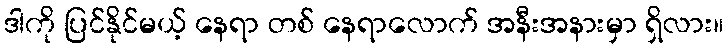
ဒါကို ပြင်နိုင်မယ့် နေရာ တစ် နေရာလောက် အနီးအနားမှာ ရှိလား။